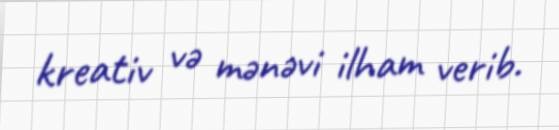
kreativ və mənəvi ilham verib.